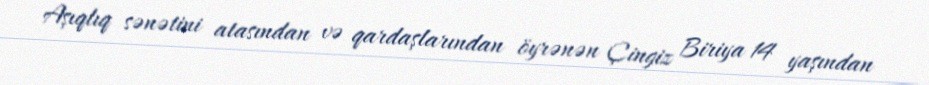
Aşıqlıq sənətini atasından və qardaşlarından öyrənən Çingiz Biriya 14 yaşından